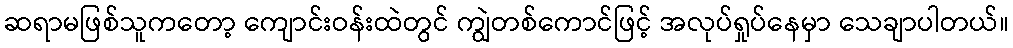
ဆရာမဖြစ်သူကတော့ ကျောင်းဝန်းထဲတွင် ကျွဲတစ်ကောင်ဖြင့် အလုပ်ရှုပ်နေမှာ သေချာပါတယ်။